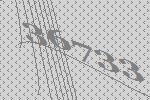
36733